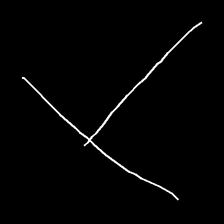
Glyph: column